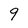
Character: 9